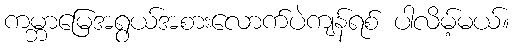
ကမ္ဘာမြေအရွယ်အစားလောက်ပဲကျန်ရစ် ပါလိမ့်မယ်။